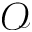
\mathcal { O }